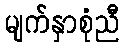
မျက်နှာစုံညီ